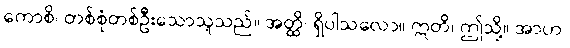
ကောစိ၊ တစ်စုံတစ်ဦးသောသူသည်။ အတ္ထိ၊ ရှိပါသလော။ ဣတိ၊ ဤသို့။ အာဟ၊